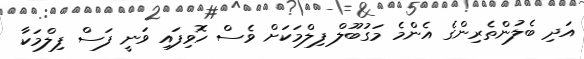
އަދި ބެލުންތެރިންގެ އެންމެ މަގުބޫލް ފިލްމަކަށް ވެސް ހޮވިފައި ވަނީ ފަސް ފިލްމަކާ